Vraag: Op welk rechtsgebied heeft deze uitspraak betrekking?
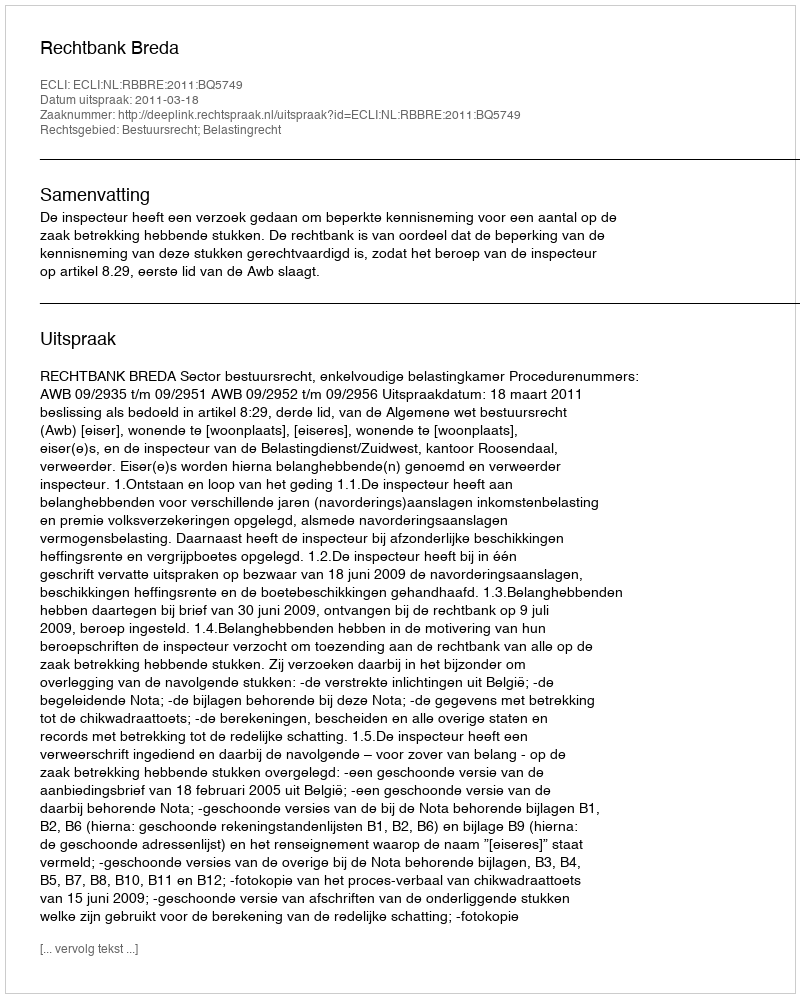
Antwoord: Bestuursrecht; Belastingrecht